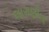
લાગણીના